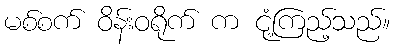
မစ်စက် ဝိန်းဝရိုက် က ငုံ့ကြည့်သည်။